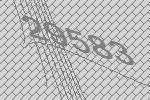
29583